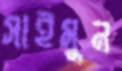
সাইমুন